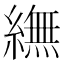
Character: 䌗